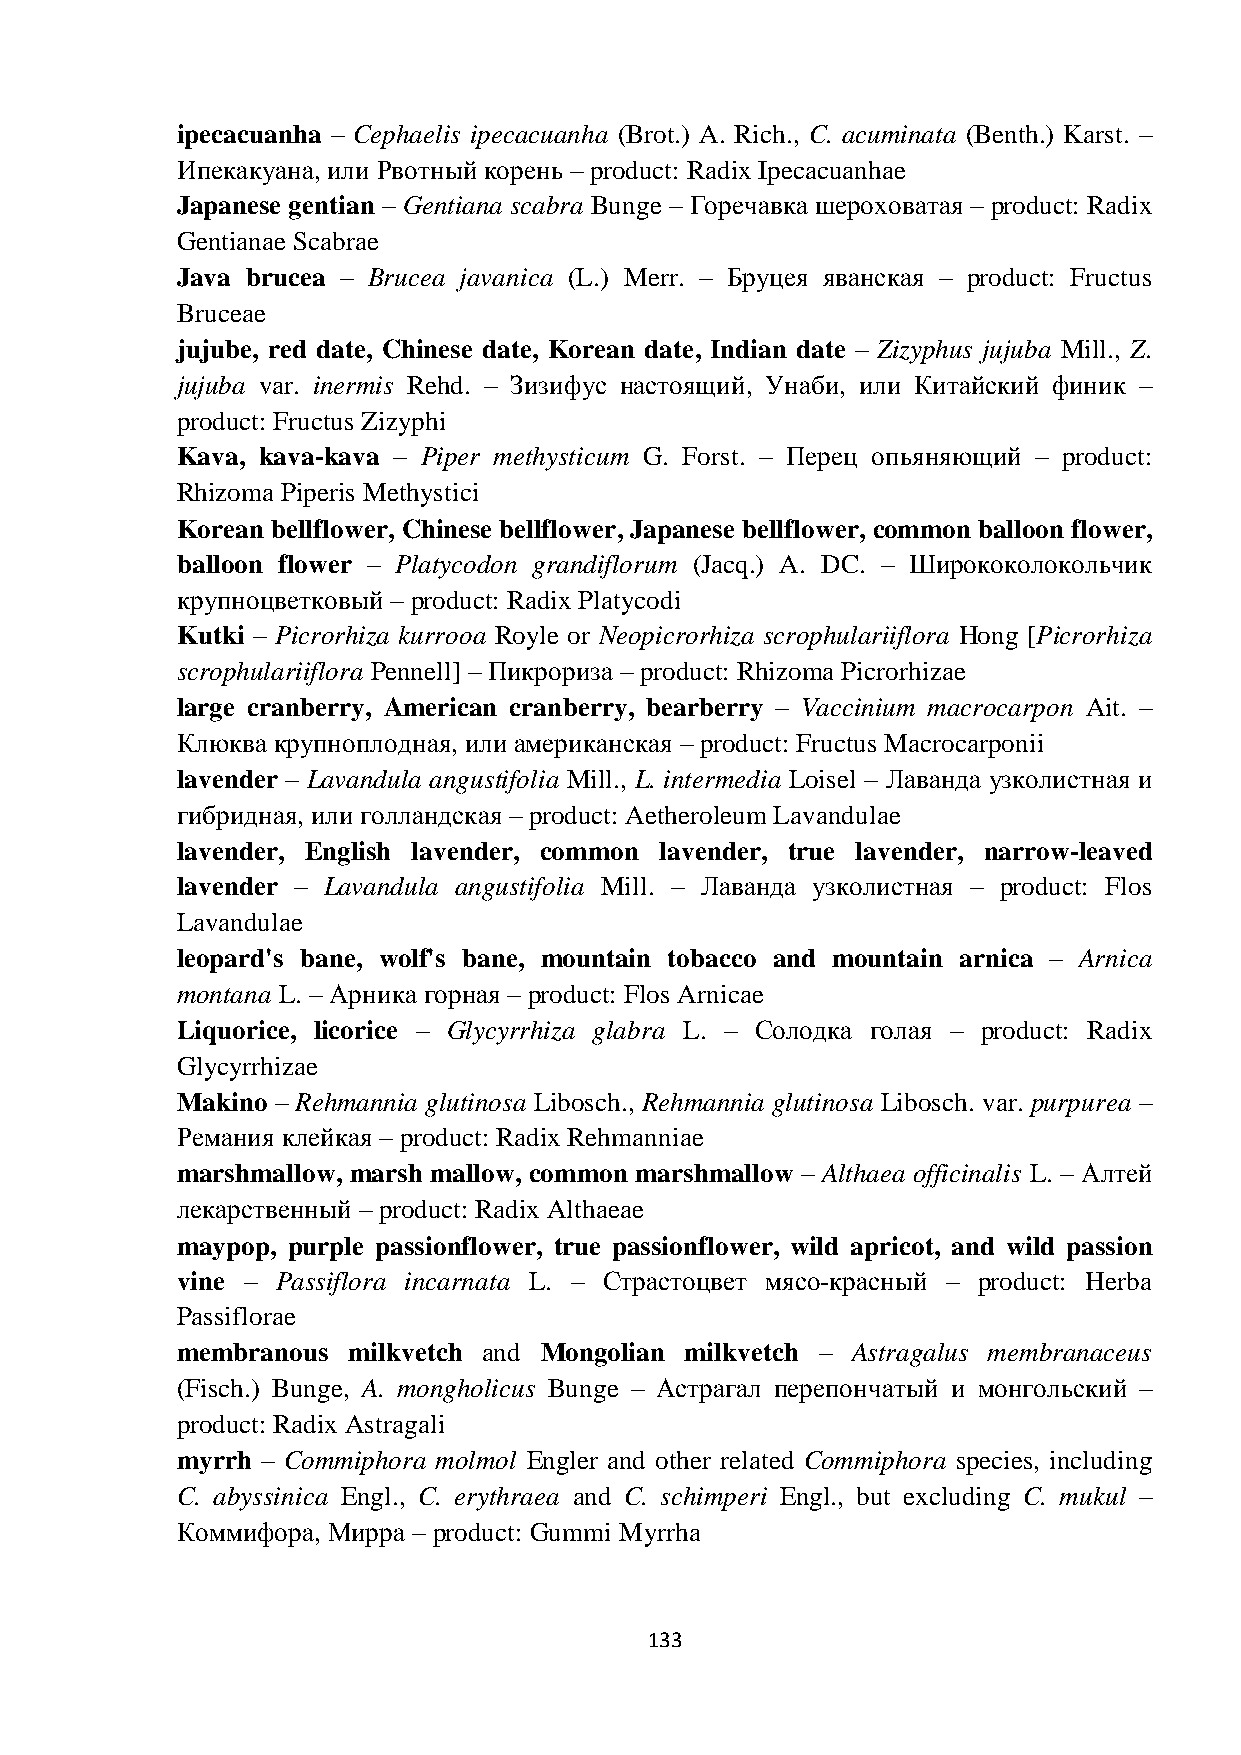
ipecacuanha – Cephaelis ipecacuanha (Brot.) A. Rich., C. acuminata (Benth.) Karst. –
 Ипекакуана, или Рвотный корень – product: Radix Ipecacuanhae
 Japanese gentian – Gentiana scabra Bunge – Горечавка шероховатая – product: Radix
 Gentianae Scabrae
 Java brucea – Brucea javanica (L.) Merr. – Бруцея яванская – product: Fructus
 Bruceae
 jujube, red date, Chinese date, Korean date, Indian date – Zizyphus jujuba Mill., Z.
 jujuba var. inermis Rehd. – Зизифус настоящий, Унаби, или Китайский финик –
 product: Fructus Zizyphi
 Kava, kava-kava – Piper methysticum G. Forst. – Перец опьяняющий – product:
 Rhizoma Piperis Methystici
 Korean bellflower, Chinese bellflower, Japanese bellflower, common balloon flower,
 balloon flower – Platycodon grandiflorum (Jacq.) A. DC. – Ширококолокольчик
 крупноцветковый – product: Radix Platycodi
 Kutki – Picrorhiza kurrooa Royle or Neopicrorhiza scrophulariiflora Hong [Picrorhiza
 scrophulariiflora Pennell] – Пикрориза – product: Rhizoma Picrorhizae
 large cranberry, American cranberry, bearberry – Vaccinium macrocarpon Ait. –
 Клюква крупноплодная, или американская – product: Fructus Macrocarponii
 lavender – Lavandula angustifolia Mill., L. intermedia Loisel – Лаванда узколистная и
 гибридная, или голландская – product: Aetheroleum Lavandulae
 lavender, English lavender, common lavender, true lavender, narrow-leaved
 lavender – Lavandula angustifolia Mill. – Лаванда узколистная – product: Flos
 Lavandulae
 leopard's bane, wolf's bane, mountain tobacco and mountain arnica – Arnica
 montana L. – Арника горная – product: Flos Arnicae
 Liquorice, licorice – Glycyrrhiza glabra L. – Солодка голая – product: Radix
 Glycyrrhizae
 Makino – Rehmannia glutinosa Libosch., Rehmannia glutinosa Libosch. var. purpurea –
 Ремания клейкая – product: Radix Rehmanniae
 marshmallow, marsh mallow, common marshmallow – Althaea officinalis L. – Алтей
 лекарственный – product: Radix Althaeae
 maypop, purple passionflower, true passionflower, wild apricot, and wild passion
 vine – Passiflora incarnata L. – Страстоцвет мясо-красный – product: Herba
 Passiflorae
 membranous milkvetch and Mongolian milkvetch – Astragalus membranaceus
 (Fisch.) Bunge, A. mongholicus Bunge – Астрагал перепончатый и монгольский –
 product: Radix Astragali
 myrrh – Commiphora molmol Engler and other related Commiphora species, including
 C. abyssinica Engl., C. erythraea and C. schimperi Engl., but excluding C. mukul –
 Коммифора, Мирра – product: Gummi Myrrha
 133